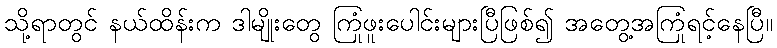
သို့ရာတွင် နယ်ထိန်းက ဒါမျိုးတွေ ကြုံဖူးပေါင်းများပြီဖြစ်၍ အတွေ့အကြုံရင့်နေပြီ။